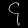
Digit: ၄